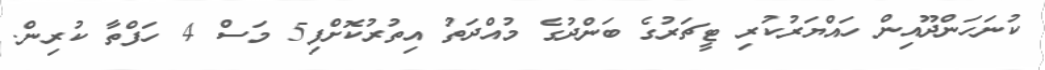
ކުނަހަންދޫއިން ހައްޔަރުކުރި ޓީޗަރުގެ ބަންދުގެ މުއްދަތު އިތުރުކޮށްފި5 މަސް 4 ހަފްތާ ކުރިން.